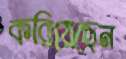
করিয়েছেন